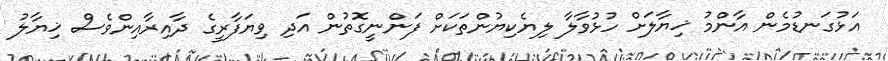
އަޅުގަނޑުމެން އާންމު ޚިޔާލަށް ހުޅުވާލާ ލިޔެކިޔުންތަކަށް ފަންނީގޮތުން އަދި ވިޔަފާރީގެ ދާއިރާއިންވެސް ޚިޔާލު